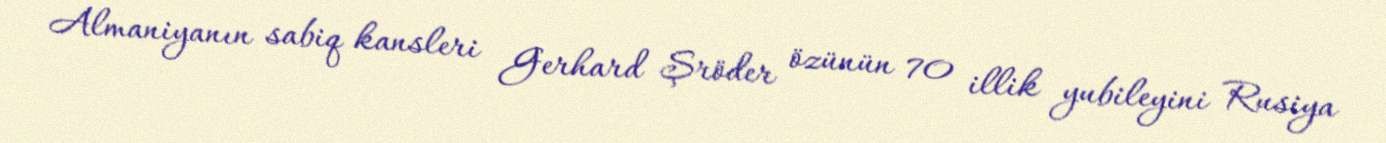
Almaniyanın sabiq kansleri Gerhard Şröder özünün 70 illik yubileyini Rusiya